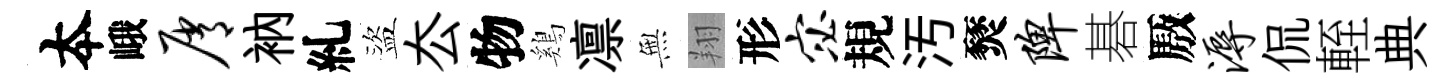
夲峨屑衲糺盜厺物鷄凛𭴾翔形宓規汚燹陴碁厫溽侃輊典